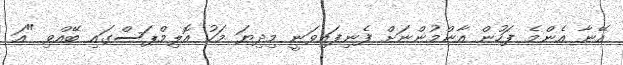
އޭނާ އެންމެ ފަހުން އާންމުންނަށް ފެނިފައިވަނީ މިދިޔަ މަހު އޮލިމްޕަސްގައި ބޭއްވި "އަ